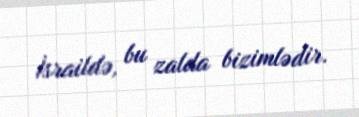
İsraildə, bu zalda bizimlədir.